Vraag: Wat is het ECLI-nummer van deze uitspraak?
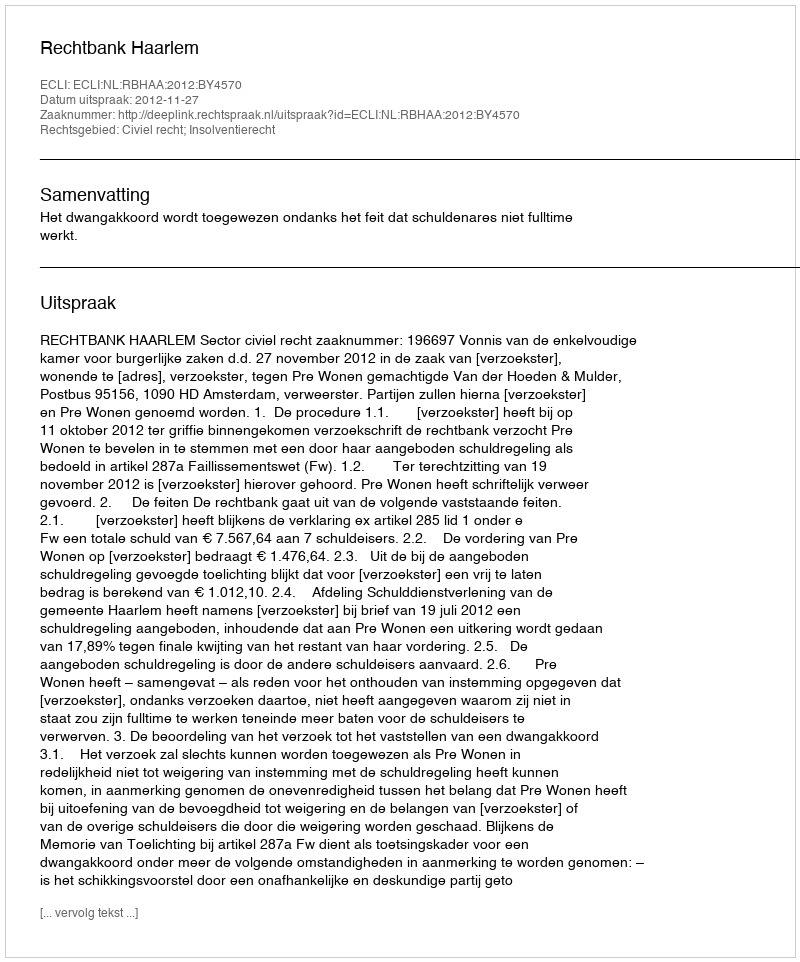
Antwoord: ECLI:NL:RBHAA:2012:BY4570